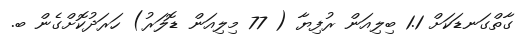
ގާތްގަނޑަކަށް 1.1 ބިލިއަން ރުފިޔާ ( 77 މިލިއަން ޑޮލަރު) ހަރަދުކޮށްގެން ބ.